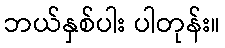
ဘယ်နှစ်ပါး ပါတုန်း။